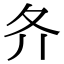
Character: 𡕓